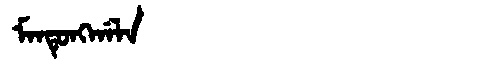
Manchu: ᠮᠠᠨᡨᡠᠩᡤᠠᠯᠠ
Romanization: MANTUNGGALA